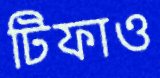
টিফাও